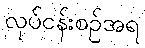
လုပ်ငန်းစဉ်အရ